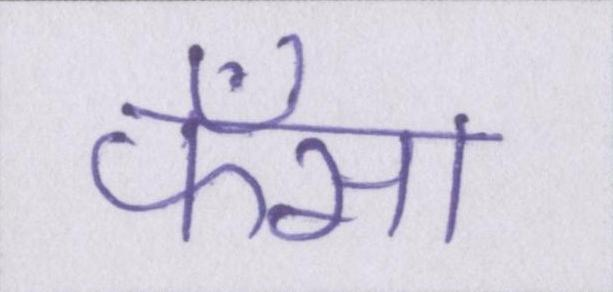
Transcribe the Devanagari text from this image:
फँसा